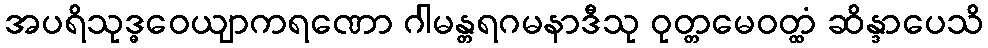
အပရိသုဒ္ဓဝေယျာကရဏော ဂါမန္တရဂမနာဒီသု ဝုတ္တမေဝတ္ထံ ဆိန္ဒာပေသိ